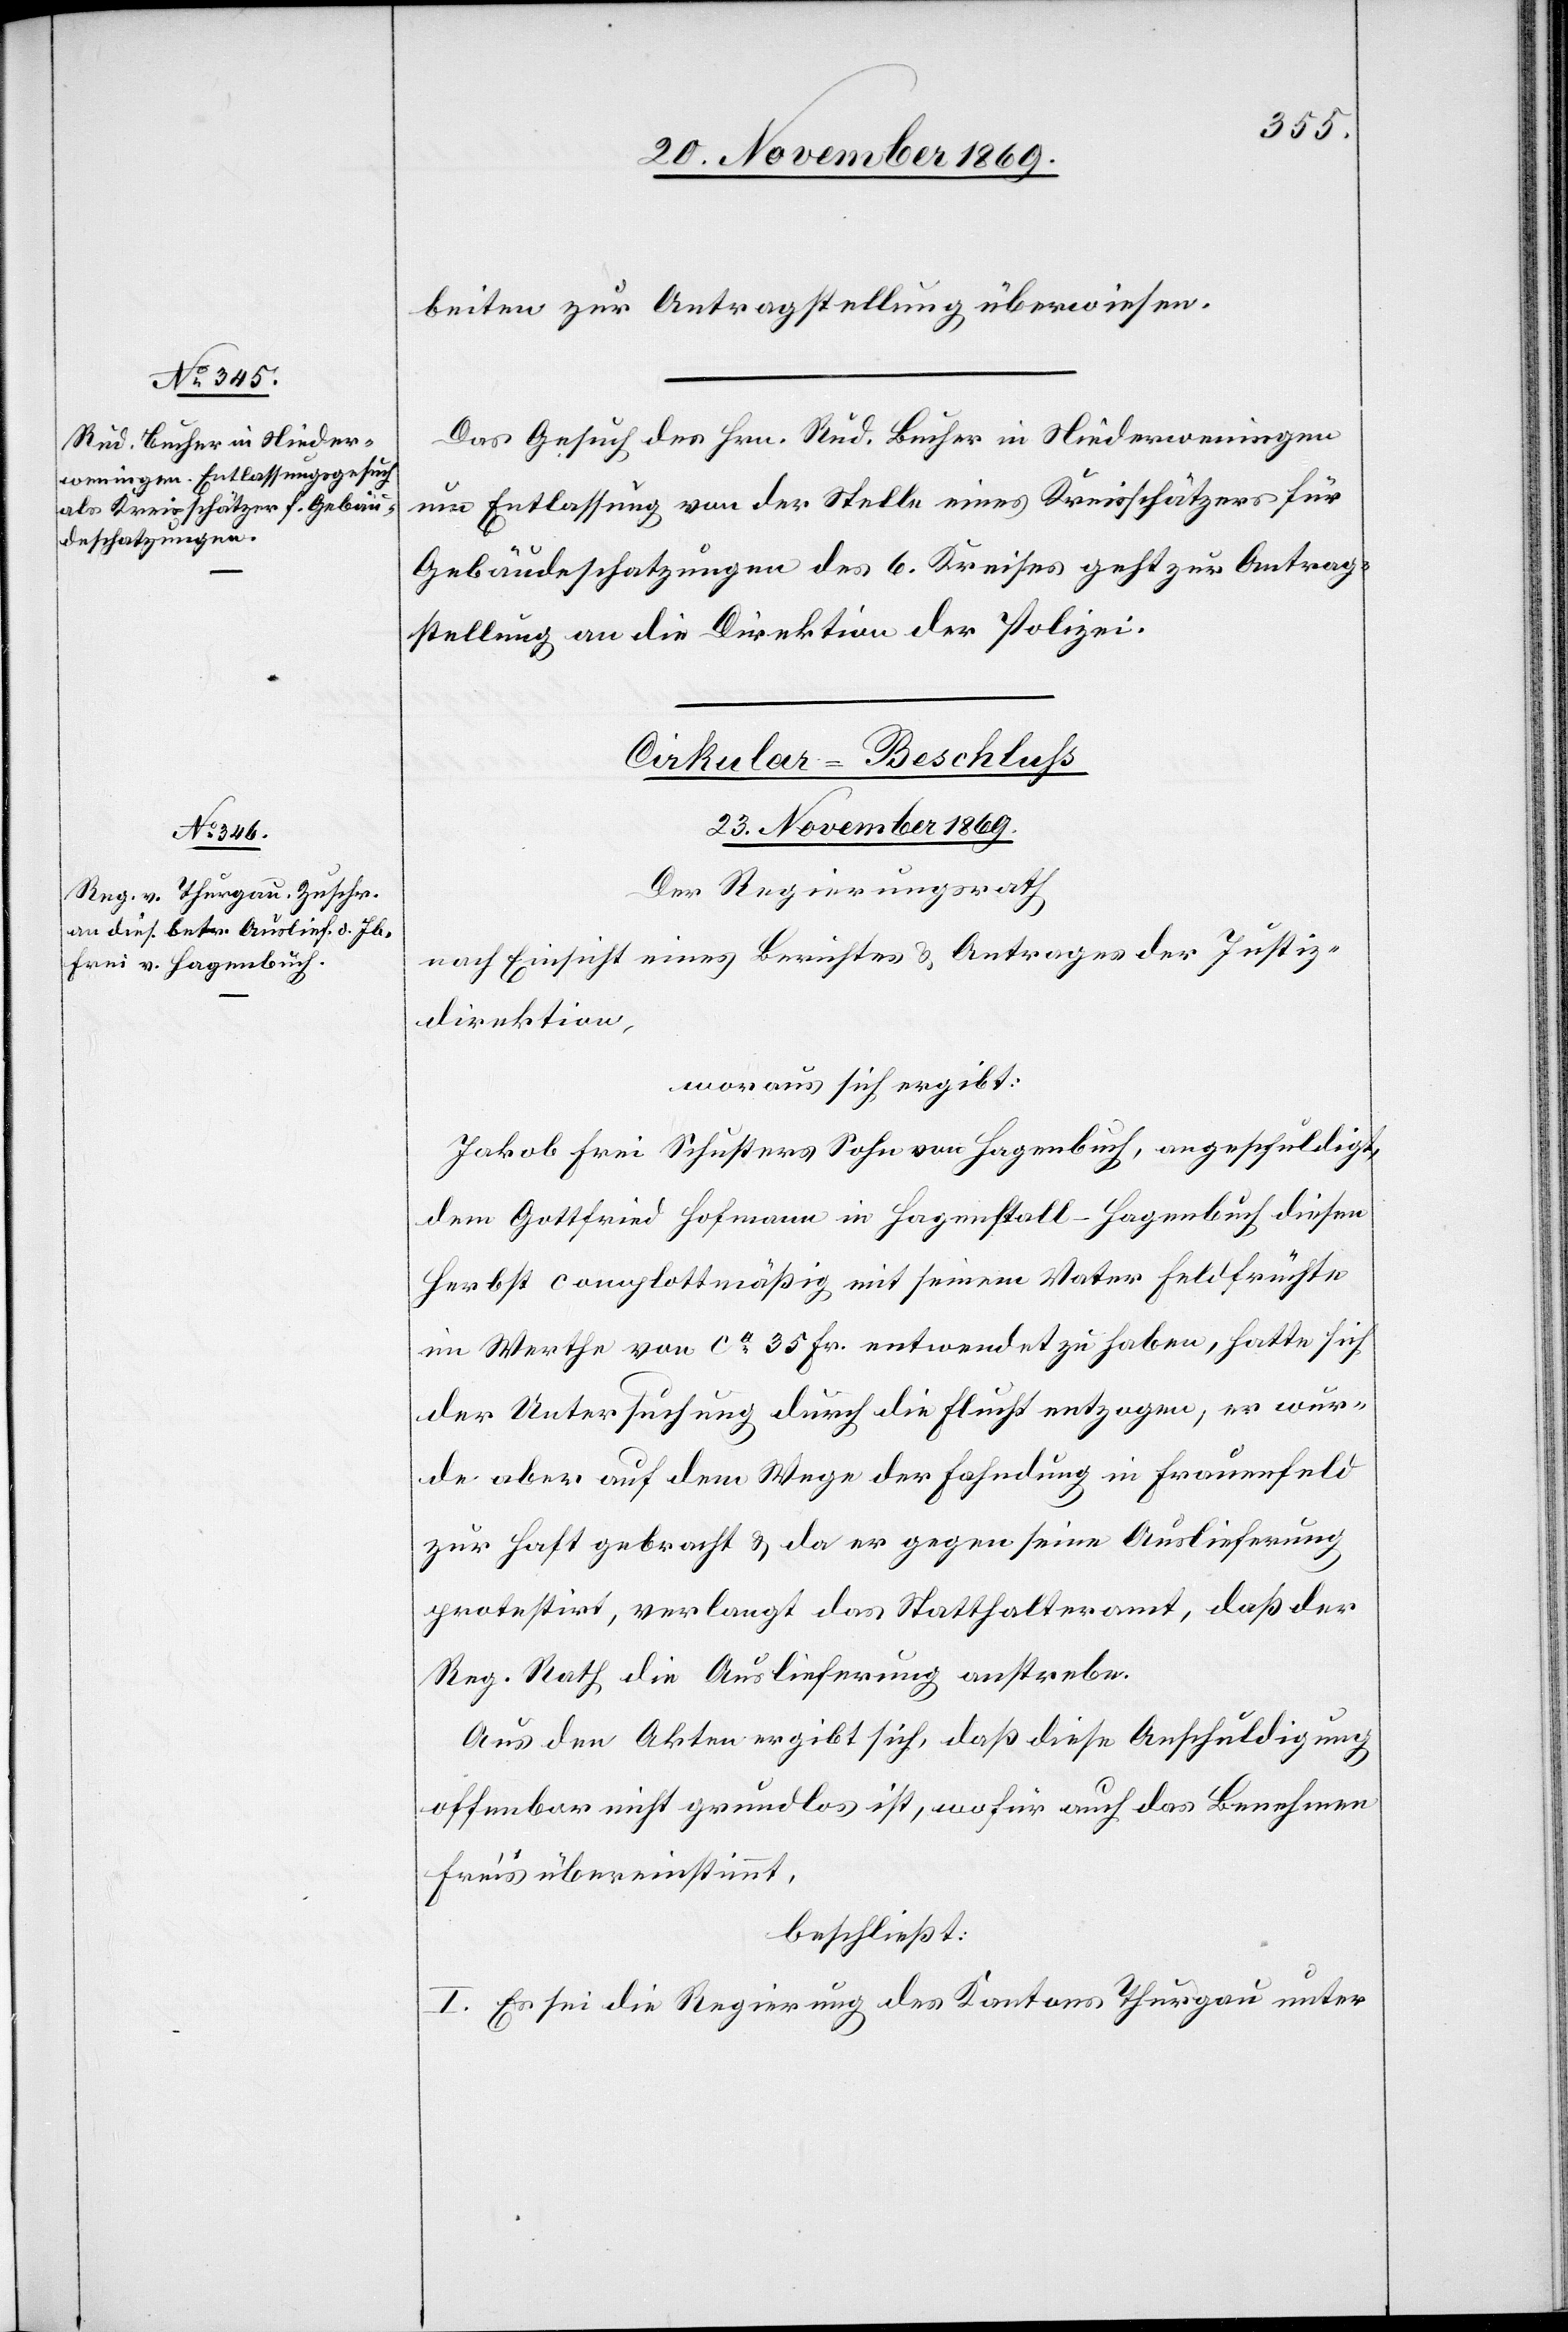
beiten zur Antragstellung überwiesen.
Das Gesuch des Hrn. Rud. Bucher in Niederweningen
um Entlassung von der Stelle eines Kreisschätzers für
Gebäudeschatzungen des 6. Kreises geht zur Antrag¬
stellung an die Direktion der Polizei.
Cirkular-Beschluss
23. November 1869.
Der Regierungsrath
nach Einsicht eines Berichtes & Antrages der Justiz¬
direktion,
woraus sich ergibt:
Jakob Frei Schusters Sohn von Hagenbuch, angeschuldigt,
dem Gottfried Hofmann in Hagenstall - Hagenbuch diesen
Herbst complottmäßig mit seinem Vater Feldfrüchte
im Werthe von ca 35 Fr. entwendet zu haben, hatte sich
der Untersuchung durch die Flucht entzogen, er wur¬
de aber auf dem Wege der Fahndung in Frauenfeld
zur Haft gebracht & da er gegen seine Auslieferung
protestirt, verlangt das Statthalteramt, daß der
Reg. Rath die Auslieferung anstrebe.
Aus den Akten ergibt sich, daß diese Anschuldigung
offenbar nicht grundlos ist, wofür auch das Benehmen
Frei’s übereinstimmt,
beschließt:
I. Es sei die Regierung des Kantons -Thurgau unter